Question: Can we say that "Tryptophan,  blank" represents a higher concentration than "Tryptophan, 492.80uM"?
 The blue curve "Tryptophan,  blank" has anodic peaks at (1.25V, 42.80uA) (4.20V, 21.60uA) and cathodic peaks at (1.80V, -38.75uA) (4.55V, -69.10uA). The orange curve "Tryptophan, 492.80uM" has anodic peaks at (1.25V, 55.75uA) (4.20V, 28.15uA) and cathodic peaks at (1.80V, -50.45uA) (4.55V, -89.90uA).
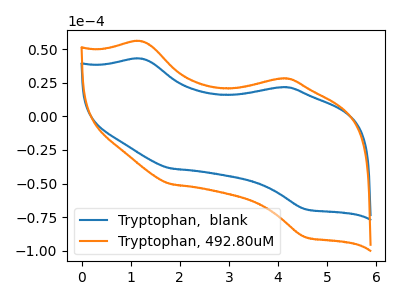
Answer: <think>All the peaks in "Tryptophan,  blank" have a peak in "Tryptophan, 492.80uM" at the same potential. Every peak in "Tryptophan,  blank" is lower than every peak in "Tryptophan, 492.80uM".
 </think>
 <answer>"Tryptophan,  blank" has less signal than "Tryptophan, 492.80uM" and so likely has a lower concentration.</answer>
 <eval>less_concentration</eval>